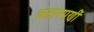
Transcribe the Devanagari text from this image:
लहानपणीं